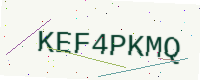
Text: KEF4PKMQ